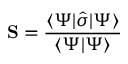
\mathbf { S } = \frac { \langle \Psi \lvert \hat { \boldsymbol { \sigma } } \rvert \Psi \rangle } { \langle \Psi \vert \Psi \rangle }